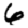
Digit: 6